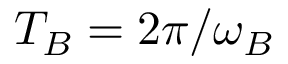
T _ { B } = 2 \pi / \omega _ { B }